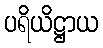
ပရိယိဋ္ဌာယ